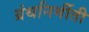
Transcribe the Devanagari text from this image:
ग्रंथनिर्मीती